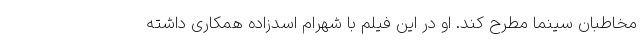
مخاطبان سینما مطرح کند. او در این فیلم با شهرام اسدزاده همکاری داشته